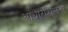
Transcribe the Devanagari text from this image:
आधारशिलता